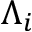
\Lambda _ { i }